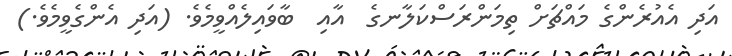
އަދި އެއުރެންގެ މައްޗަށް ތިމަންރަސްކަލާނގެ  އާއި  ބާވައިލެއްވީމެވެ. (އަދި އެންގެވީމެވެ.)